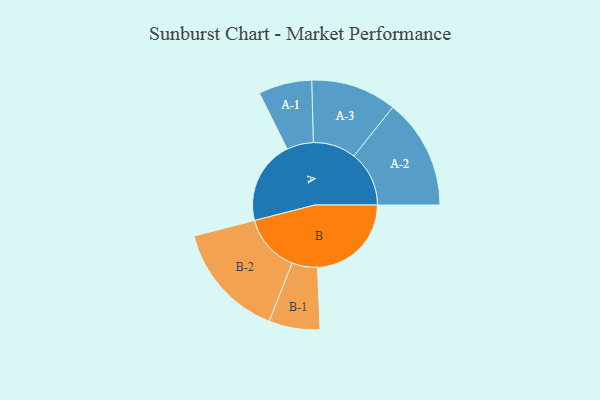
{"axis": {"x": "Segment", "y": "Value"}, "legend": ["", "A", "B"], "data": [{"x": "A", "y": 425, "type": ""}, {"x": "B", "y": 478, "type": ""}, {"x": "A-1", "y": 136, "type": "A"}, {"x": "A-2", "y": 281, "type": "A"}, {"x": "A-3", "y": 218, "type": "A"}, {"x": "B-1", "y": 130, "type": "B"}, {"x": "B-2", "y": 295, "type": "B"}]}